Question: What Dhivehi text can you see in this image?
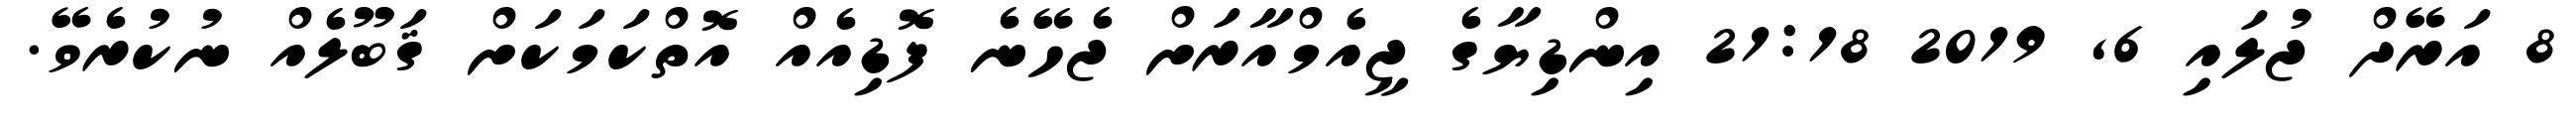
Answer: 8 އަރޭދް ޖުލައި 6, 2019 21:18 އިންޑިޔާގެ ޖީއެމްއާރަށް ޖެހޭނެ ފޮޑިއެއް އޮތްކަމަކަށް ޤަބޫލެއް ނުކުރެވޭ.